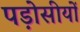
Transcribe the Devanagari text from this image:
पड़ोसीयों